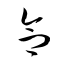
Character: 合